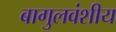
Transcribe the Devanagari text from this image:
बागुलवंशीय